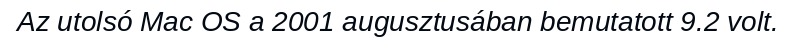
Az utolsó Mac OS a 2001 augusztusában bemutatott 9.2 volt.